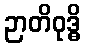
ဉာတိဝုဒ္ဓိ